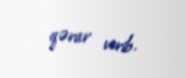
qərar verib.